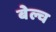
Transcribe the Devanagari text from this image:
बेल्च